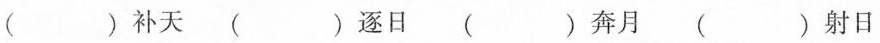
( )补天 ( )逐日 ( )奔月 ( )射日